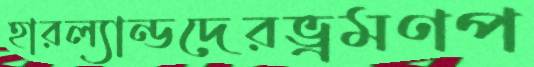
হারল্যান্ডদেরভ্রমণপ